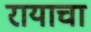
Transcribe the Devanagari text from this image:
रायाचा